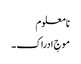
نا معلوم
موجِ ادراک ۔